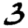
Digit: 3